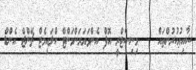
ޝާއިޢުކުރުންތައް    މިނިސްޓްރީ އޮފް އެންވަޔަރަންމަންޓް ކްލައިމެޓް ޗޭންޖް އެންޑް